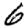
Digit: 6